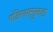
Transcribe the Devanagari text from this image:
मंदिरवास्तुकला